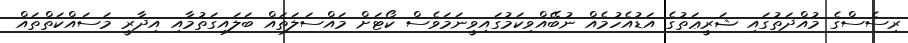
ރިސެސްގެ މުއްދަތުގައި ޝަރީޢަތުގެ އަޑުއެހުމެއް ނުބޭއްވިކަމުގައިވީނަމަވެސް ކޯޓަށް މައްސަލަތައް ބަލައިގަތުމާއި އިދާރީ މަސައްކަތްތައް